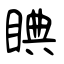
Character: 睓